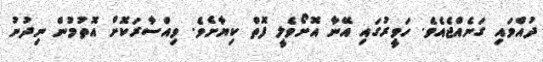
ދުއްވައި ގަނެއްޖެއެވެ. ހަވީރުގައި އޭނާ އޮށޯވެލީ ފޮތް ކިޔާށެވެ. ވިއްސާރަކޮށް އޮތުމުން ނިދުނު